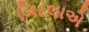
બિરલાએ